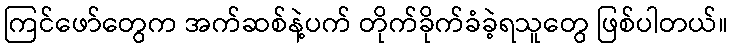
ကြင်ဖော်တွေက အက်ဆစ်နဲ့ပက် တိုက်ခိုက်ခံခဲ့ရသူတွေ ဖြစ်ပါတယ်။